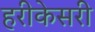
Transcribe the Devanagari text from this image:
हरीकेसरी